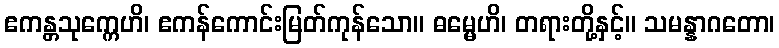
ဧကန္တသုက္ကေဟိ၊ ဧကန်ကောင်းမြတ်ကုန်သော။ ဓမ္မေဟိ၊ တရားတို့နှင့်။ သမန္နာဂတော၊